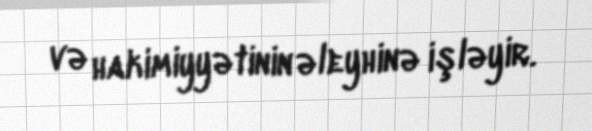
və hakimiyyətinin əleyhinə işləyir.